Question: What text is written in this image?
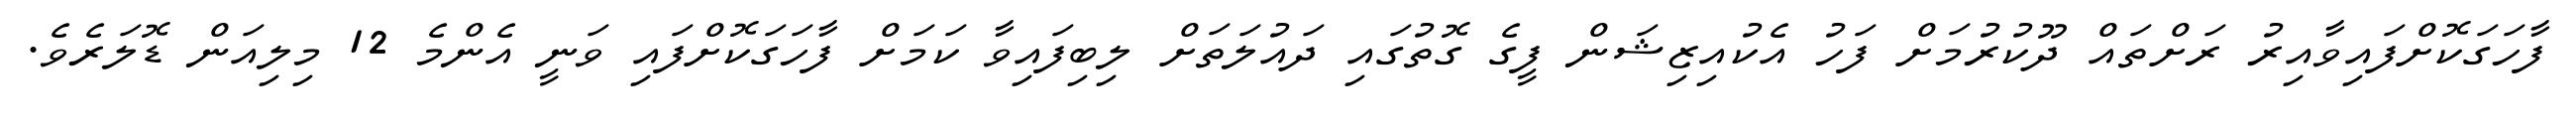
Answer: ފާހަގަކޮށްފައިވާއިރު ރަށްތައް ދޫކުރުމަށް ފަހު އެކުއިޒިޝަން ފީގެ ގޮތުގައި ދައުލަތަށް ލިބިފައިވާ ކަމަށް ފާހަގަކޮށްފައި ވަނީ އެންމެ 12 މިލިއަން ޑޮލަރެވެ.